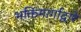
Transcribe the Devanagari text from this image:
भक्तिमार्गाद्वारे